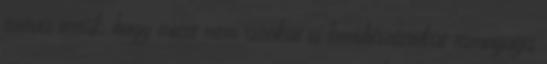
szóvá tettük, hogy miért nem azokat a beruházásokat támogatja